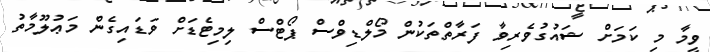
ވީމާ މި ކަމަށް ޝައުގުވެރިވާ ފަރާތްތަކުން މޯލްޑިވްސް ޕޯޓްސް ލިމިޓެޑަށް ވަޑައިގެން މަޢުލޫމާތު